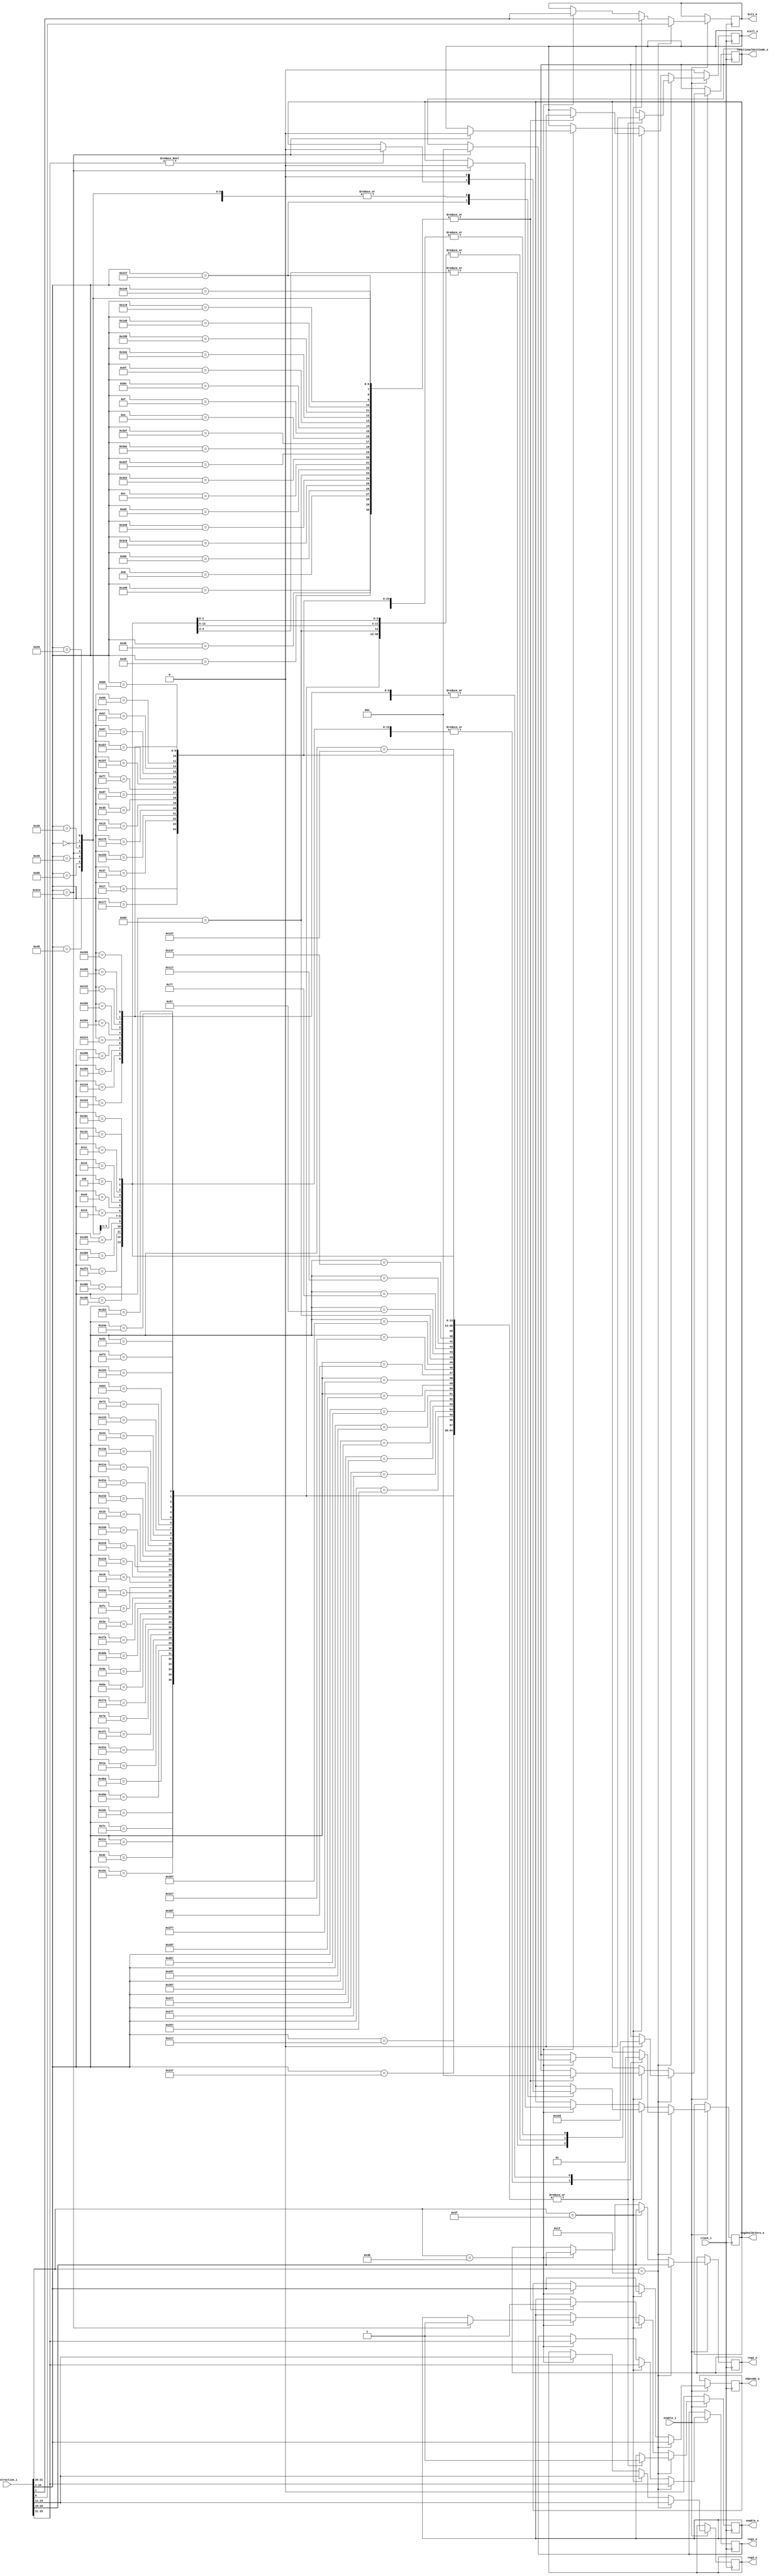
`timescale 1ns / 1ps
//////////////////////////////////////////////////////////////////////////////////
//NOTE: There may be an error in the ISA where there are two instructions both with opcodes 63 and Xopcodes of 846
//These instructions are: Floating Convert with round Signed Doubleword to Double-Precision format and Floating Convert with round Signed Doubleword to Single-Precision format
//////////////////////////////////////////////////////////////////////////////////
module XFormatDecoder#( parameter opcodeWidth = 6, parameter xOpCodeWidth = 10, parameter regWidth = 5, parameter instructionWidth = 32,
parameter FXUnitCode = 0, parameter FPUnitCode = 1, parameter LdStUnitCode = 2, parameter BranchUnitCode = 3, parameter TrapUnitCode = 4//functional unit code/ID used for dispatch
)(
	//command in
	input wire clock_i,
	input wire enable_i,
	//data in
	input wire [0:instructionWidth-1] instruction_i,
	//command out
	output reg stall_o,
	//data out
	output reg [0:xOpCodeWidth-1] xOpcode_o,
	output reg [0:regWidth-1] reg1_o, reg2_o, reg3_o,
	output reg reg2ValOrZero_o,//indicates that if the register addr is zero, a zero litteral is to be used not reg zero
	output reg bit1_o,
	output reg [0:2] functionalUnitCode_o,
	output reg enable_o
	);
	
always @(posedge clock_i)
begin
	if(enable_i == 1)
	begin
		if(instruction_i[0:5] == 31)//check op opcode
		begin			
			xOpcode_o <= instruction_i[21:30];
			bit1_o <= instruction_i[31];
			reg1_o <= instruction_i[6:10]; reg2_o <= instruction_i[11:15]; reg3_o <= instruction_i[16:20]; 
			case(instruction_i[21:30])//check x opcode
				//FixedPoint instructions
				87: begin $display("Load Byte and Zero Indexed");
					reg2ValOrZero_o <= 1;
					enable_o <= 1; stall_o <= 0;
					functionalUnitCode_o <= LdStUnitCode;
				end
				119: begin $display("Load Byte and Zero with Update Indexed");
					reg2ValOrZero_o <= 0;
					enable_o <= 1; stall_o <= 0;
					functionalUnitCode_o <= LdStUnitCode;
				end
				279: begin $display("Load Halfword and Zero Indexed"); 
					reg2ValOrZero_o <= 1;
					enable_o <= 1; stall_o <= 0;
					functionalUnitCode_o <= LdStUnitCode;
				end
				311: begin $display("Load Halfword and Zero with Update Indexed");
					reg2ValOrZero_o <= 0;
					enable_o <= 1; stall_o <= 0;
					functionalUnitCode_o <= LdStUnitCode;
				end
				343: begin $display("Load Halfword Algebraic Indexed");
					reg2ValOrZero_o <= 1;			
					enable_o <= 1; stall_o <= 0;
				end
				375: begin $display("Load Halfword Algebraic with Update Indexed");
					reg2ValOrZero_o <= 0;		
					enable_o <= 1; stall_o <= 0;
					functionalUnitCode_o <= LdStUnitCode;
				end
				23: begin $display("Load Word and Zero Indexed");
					reg2ValOrZero_o <= 1; 				
					enable_o <= 1; stall_o <= 0;
					functionalUnitCode_o <= LdStUnitCode;
				end
				55: begin $display("Load Word and Zero with Update Indexed");
					reg2ValOrZero_o <= 0;			
					enable_o <= 1; stall_o <= 0;
					functionalUnitCode_o <= LdStUnitCode;
				end
				341: begin $display("Load Word Algebraic Indexed");
					reg2ValOrZero_o <= 1;			
					enable_o <= 1; stall_o <= 0;
					functionalUnitCode_o <= LdStUnitCode;
				end
				373: begin $display("Load Word Algebraic with Update Indexed");
					reg2ValOrZero_o <= 0;					
					enable_o <= 1; stall_o <= 0;
					functionalUnitCode_o <= LdStUnitCode;
				end
				21: begin $display("Load Doubleword Indexed");
					reg2ValOrZero_o <= 1;				
					enable_o <= 1; stall_o <= 0;
					functionalUnitCode_o <= LdStUnitCode;
				end
				53: begin $display("Load Doubleword with Update Indexed");
					reg2ValOrZero_o <= 0;		
					enable_o <= 1; stall_o <= 0;
					functionalUnitCode_o <= LdStUnitCode;
				end
				215: begin $display("Store Byte Indexed");
					reg2ValOrZero_o <= 1; 				
					enable_o <= 1; stall_o <= 0;
					functionalUnitCode_o <= LdStUnitCode;
				end
				247: begin $display("Store Byte with Update Indexed");
					reg2ValOrZero_o <= 0;			
					enable_o <= 1; stall_o <= 0;
					functionalUnitCode_o <= LdStUnitCode;
				end
				407: begin $display("Store Halfword Indexed");
					reg2ValOrZero_o <= 1;				
					enable_o <= 1; stall_o <= 0;
					functionalUnitCode_o <= LdStUnitCode;
				end
				439: begin $display("Store Halfword with Update Indexed");
					reg2ValOrZero_o <= 0;				
					enable_o <= 1; stall_o <= 0;
					functionalUnitCode_o <= LdStUnitCode;
				end
				151: begin $display("Store Word Indexed");
					reg2ValOrZero_o <= 1;				
					enable_o <= 1; stall_o <= 0;
					functionalUnitCode_o <= LdStUnitCode;
				end
				183: begin $display("Store Word with Update Indexed");
					reg2ValOrZero_o <= 0; 				
					enable_o <= 1; stall_o <= 0;
					functionalUnitCode_o <= LdStUnitCode;
				end
				149: begin $display("Store Doubleword Indexed");
					reg2ValOrZero_o <= 1;							
					enable_o <= 1; stall_o <= 0;
					functionalUnitCode_o <= LdStUnitCode;
				end
				181: begin $display("Store Doubleword with Update Indexed");
					reg2ValOrZero_o <= 0;			 				
					enable_o <= 1; stall_o <= 0;
					functionalUnitCode_o <= LdStUnitCode;
				end
				790: begin $display("Load Halfword Byte-Reverse Indexed");
					reg2ValOrZero_o <= 1;			
					enable_o <= 1; stall_o <= 0;
					functionalUnitCode_o <= LdStUnitCode;
				end
				534: begin $display("Load Word Byte-Reverse Indexed");
					reg2ValOrZero_o <= 1;				
					enable_o <= 1; stall_o <= 0;
					functionalUnitCode_o <= LdStUnitCode;
				end
				918: begin $display("Store Halfword Byte-Reverse Indexed");
					reg2ValOrZero_o <= 1;			
					enable_o <= 1; stall_o <= 0;
					functionalUnitCode_o <= LdStUnitCode;
				end
				662: begin $display("Store Word Byte-Reverse Indexed");
					reg2ValOrZero_o <= 1;			
					enable_o <= 1; stall_o <= 0;
					functionalUnitCode_o <= LdStUnitCode;
				end
				532: begin $display("Load Doubleword Byte-Reverse Indexed");
					reg2ValOrZero_o <= 1;		
					enable_o <= 1; stall_o <= 0;
					functionalUnitCode_o <= LdStUnitCode;
				end
				660: begin $display("Store Doubleword Byte-Reverse Indexed");
					reg2ValOrZero_o <= 1;			
					enable_o <= 1; stall_o <= 0;
					functionalUnitCode_o <= LdStUnitCode;
				end
				597: begin $display("Load String Word Immediate");
					reg2ValOrZero_o <= 1;	 				
					enable_o <= 1; stall_o <= 0;
					functionalUnitCode_o <= LdStUnitCode;
				end
				533: begin $display("Load String Word Indexed");
					reg2ValOrZero_o <= 1;				
					enable_o <= 1; stall_o <= 0;
					functionalUnitCode_o <= LdStUnitCode;
				end
				725: begin $display("Store String Word Immediate");
					reg2ValOrZero_o <= 1;	
					enable_o <= 1; stall_o <= 0;
					functionalUnitCode_o <= LdStUnitCode;
				end
				661: begin $display("Store String Word Indexed");
					reg2ValOrZero_o <= 1;			
					enable_o <= 1; stall_o <= 0;
					functionalUnitCode_o <= LdStUnitCode;
				end
				779: begin $display("Modulo Signed Word");
					reg2ValOrZero_o <= 0;			
					enable_o <= 1; stall_o <= 0;
					functionalUnitCode_o <= FXUnitCode;
				end
				267: begin $display("Modulo Unsigned Word");
					reg2ValOrZero_o <= 0; 				
					enable_o <= 1; stall_o <= 0;
					functionalUnitCode_o <= FXUnitCode;
				end
				755: begin $display("Deliver A Random Number");
					reg2ValOrZero_o <= 0;				
					enable_o <= 1; stall_o <= 0;
					functionalUnitCode_o <= FXUnitCode;
				end
				777: begin $display("Modulo Signed Doubleword");
					reg2ValOrZero_o <= 0;		
					enable_o <= 1; stall_o <= 0;
					functionalUnitCode_o <= FXUnitCode;
				end
				265: begin $display("Modulo Unsigned Doubleword");
					reg2ValOrZero_o <= 0;				
					enable_o <= 1; stall_o <= 0;
					functionalUnitCode_o <= FXUnitCode;
				end
				0: begin $display("Compare");
					reg2ValOrZero_o <= 0;				
					enable_o <= 1; stall_o <= 0;
					functionalUnitCode_o <= FXUnitCode;
				end
				32: begin $display("Compare Logical");
					reg2ValOrZero_o <= 0;					
					enable_o <= 1; stall_o <= 0;
					functionalUnitCode_o <= FXUnitCode;
				end
				192: begin $display("Compare Ranged Byte");
					reg2ValOrZero_o <= 0;					
					enable_o <= 1; stall_o <= 0;
					functionalUnitCode_o <= FXUnitCode;
				end
				224: begin $display("Compare Equal Byte");
					reg2ValOrZero_o <= 0; 					
					enable_o <= 1; stall_o <= 0;
					functionalUnitCode_o <= FXUnitCode;
				end
				4: begin $display("Trap Word");
					reg2ValOrZero_o <= 0; 				
					enable_o <= 1; stall_o <= 0;
					functionalUnitCode_o <= TrapUnitCode;
				end
				68: begin $display("Trap Doubleword");
					reg2ValOrZero_o <= 0; 					
					enable_o <= 1; stall_o <= 0;
					functionalUnitCode_o <= TrapUnitCode;
				end
				28: begin $display("AND");
					reg2ValOrZero_o <= 0;			
					enable_o <= 1; stall_o <= 0;
					functionalUnitCode_o <= FXUnitCode;
				end
				444: begin $display("OR");
					reg2ValOrZero_o <= 0;				
					enable_o <= 1; stall_o <= 0;
					functionalUnitCode_o <= FXUnitCode;
				end
				316: begin $display("XOR");
					reg2ValOrZero_o <= 0; 			 				
					enable_o <= 1; stall_o <= 0;
					functionalUnitCode_o <= FXUnitCode;
				end
				476: begin $display("NAND");
					reg2ValOrZero_o <= 0; 						
					enable_o <= 1; stall_o <= 0;
					functionalUnitCode_o <= FXUnitCode;
				end
				124: begin $display("NOR");
					reg2ValOrZero_o <= 0; 						
					enable_o <= 1; stall_o <= 0;
					functionalUnitCode_o <= FXUnitCode;
				end
				284: begin $display("Equivalent");
					reg2ValOrZero_o <= 0; 							
					enable_o <= 1; stall_o <= 0;
					functionalUnitCode_o <= FXUnitCode;
				end
				60: begin $display("AND with Complement");
					reg2ValOrZero_o <= 0; 			 				
					enable_o <= 1; stall_o <= 0;
					functionalUnitCode_o <= FXUnitCode;
				end
				412: begin $display("OR with Complement");
					reg2ValOrZero_o <= 0; 			 				
					enable_o <= 1; stall_o <= 0;
					functionalUnitCode_o <= FXUnitCode;
				end
				954: begin $display("Extend Sign Byte");
					reg2ValOrZero_o <= 0; 							
					enable_o <= 1; stall_o <= 0;
					functionalUnitCode_o <= FXUnitCode;
				end
				922: begin $display("Extend Sign Halfword");
					reg2ValOrZero_o <= 0; 							
					enable_o <= 1; stall_o <= 0;
					functionalUnitCode_o <= FXUnitCode;
				end
				26: begin $display("Count Leading Zeros Word");
					reg2ValOrZero_o <= 0; 			 				
					enable_o <= 1; stall_o <= 0;
					functionalUnitCode_o <= FXUnitCode;
				end
				538: begin $display("Count Trailing Zeros Word");
					reg2ValOrZero_o <= 0; 						
					enable_o <= 1; stall_o <= 0;
					functionalUnitCode_o <= FXUnitCode;
				end
				508: begin $display("Compare Bytes");
					reg2ValOrZero_o <= 0; 				
					enable_o <= 1; stall_o <= 0;
					functionalUnitCode_o <= FXUnitCode;
				end
				122: begin $display("Population Count Bytes");
					reg2ValOrZero_o <= 0; 							
					enable_o <= 1; stall_o <= 0;
					functionalUnitCode_o <= FXUnitCode;
				end
				378: begin $display("Population Count Words");
					reg2ValOrZero_o <= 0; 						
					enable_o <= 1; stall_o <= 0;
					functionalUnitCode_o <= FXUnitCode;
				end
				186: begin $display("Parity Doubleword");
					reg2ValOrZero_o <= 0; 					
					enable_o <= 1; stall_o <= 0;
					functionalUnitCode_o <= FXUnitCode;
				end
				154: begin $display("Parity Word");
					reg2ValOrZero_o <= 0; 			 				
					enable_o <= 1; stall_o <= 0;
					functionalUnitCode_o <= FXUnitCode;
				end
				986: begin $display("Extend Sign Word");
					reg2ValOrZero_o <= 0; 						
					enable_o <= 1; stall_o <= 0;
					functionalUnitCode_o <= FXUnitCode;
				end
				506: begin $display("Population Count Doubleword");
					reg2ValOrZero_o <= 0; 					
					enable_o <= 1; stall_o <= 0;
					functionalUnitCode_o <= FXUnitCode;
				end
				58: begin $display("Count Leading Zeros Doubleword");
					reg2ValOrZero_o <= 0; 			 				
					enable_o <= 1; stall_o <= 0;
					functionalUnitCode_o <= FXUnitCode;
				end
				570: begin $display("Count Trailing Zeros Doubleword");
					reg2ValOrZero_o <= 0; 							
					enable_o <= 1; stall_o <= 0;
					functionalUnitCode_o <= FXUnitCode;
				end
				252: begin $display("Bit Permute Doubleword");
					reg2ValOrZero_o <= 0; 					
					enable_o <= 1; stall_o <= 0;
					functionalUnitCode_o <= FXUnitCode;
				end
				24: begin $display("Shift Left Word");
					reg2ValOrZero_o <= 0; 						
					enable_o <= 1; stall_o <= 0;
					functionalUnitCode_o <= FXUnitCode;	
				end
				536: begin $display("Shift Right Word");
					reg2ValOrZero_o <= 0; 							
					enable_o <= 1; stall_o <= 0;
					functionalUnitCode_o <= FXUnitCode;
				end
				824: begin $display("Shift Right Algebraic Word Immediate");
					reg2ValOrZero_o <= 0; 			
					enable_o <= 1; stall_o <= 0;
					functionalUnitCode_o <= FXUnitCode;
				end
				792: begin $display("Shift Right Algebraic Word");
					reg2ValOrZero_o <= 0; 							
					enable_o <= 1; stall_o <= 0;
					functionalUnitCode_o <= FXUnitCode;
				end
				27: begin $display("Shift Left Doubleword");
					reg2ValOrZero_o <= 0; 						
					enable_o <= 1; stall_o <= 0;
					functionalUnitCode_o <= FXUnitCode;
				end
				539: begin $display("Shift Right Doubleword");
					reg2ValOrZero_o <= 0; 						
					enable_o <= 1; stall_o <= 0;
					functionalUnitCode_o <= FXUnitCode;
				end
				794: begin $display("Shift Right Algebraic Doubleword");
					reg2ValOrZero_o <= 0; 						
					enable_o <= 1; stall_o <= 0;
					functionalUnitCode_o <= FXUnitCode;
				end
				282: begin $display("Convert Declets To Binary Coded Decimal");
					reg2ValOrZero_o <= 0; 						
					enable_o <= 1; stall_o <= 0;
					functionalUnitCode_o <= FXUnitCode;
				end
				314: begin $display("Convert Binary Coded Decimal To Declets");
					reg2ValOrZero_o <= 0; 			
					enable_o <= 1; stall_o <= 0;
					functionalUnitCode_o <= FXUnitCode;
				end
				51: begin $display("Move From VSR Doubleword");
					reg2ValOrZero_o <= 0; 			
					enable_o <= 1; stall_o <= 0;
					functionalUnitCode_o <= FXUnitCode;
				end
				307: begin $display("Move From VSR Lower Doubleword");
					reg2ValOrZero_o <= 0; 			
					enable_o <= 1; stall_o <= 0;
					functionalUnitCode_o <= FXUnitCode;
				end
				115: begin $display("Move From VSR Lower Doubleword");
					reg2ValOrZero_o <= 0; 			
					enable_o <= 1; stall_o <= 0;
					functionalUnitCode_o <= FXUnitCode;
				end
				179: begin $display("Move To VSR Doubleword");
					reg2ValOrZero_o <= 0; 			
					enable_o <= 1; stall_o <= 0;
					functionalUnitCode_o <= FXUnitCode;
				end
				211: begin $display("Move To VSR Word Algebraic");
					reg2ValOrZero_o <= 0; 			
					enable_o <= 1; stall_o <= 0;
					functionalUnitCode_o <= FXUnitCode;
				end
				243: begin $display("Move To VSR Word and Zero");
					reg2ValOrZero_o <= 0; 				
					enable_o <= 1; stall_o <= 0;
					functionalUnitCode_o <= FXUnitCode;
				end
				435: begin $display("Move To VSR Double Doubleword");
					reg2ValOrZero_o <= 0; 				
					enable_o <= 1; stall_o <= 0;
					functionalUnitCode_o <= FXUnitCode;
				end
				403: begin $display("Move To VSR Word & Splat");
					reg2ValOrZero_o <= 0; 			
					enable_o <= 1; stall_o <= 0;
					functionalUnitCode_o <= FXUnitCode;
				end
				576: begin $display("Move to CR from XER Extended"); 
					reg2ValOrZero_o <= 0; 			
					enable_o <= 1; stall_o <= 0;
					functionalUnitCode_o <= FXUnitCode;
				end
				128: begin $display("Set Boolean");
					reg2ValOrZero_o <= 0; 			
					enable_o <= 1; stall_o <= 0;
					functionalUnitCode_o <= FXUnitCode;
				end
				//Floating point instructions. Begin with "Load Floating-Point Single Indexed"
				535: begin $display("Load Floating-Point Single Indexed");
					reg2ValOrZero_o <= 1; 			
					enable_o <= 1; stall_o <= 0;
					functionalUnitCode_o <= LdStUnitCode;
				end
				567: begin $display("Load Floating-Point Single with Update Indexed");
					reg2ValOrZero_o <= 0; 			
					enable_o <= 1; stall_o <= 0;
					functionalUnitCode_o <= LdStUnitCode;
				end	
				599: begin $display("Load Floating-Point Double Indexed");
					reg2ValOrZero_o <= 1; 			
					enable_o <= 1; stall_o <= 0;
					functionalUnitCode_o <= LdStUnitCode;
				end	
				631: begin $display("Load Floating-Point Double with Update Indexed");
					reg2ValOrZero_o <= 0; 			
					enable_o <= 1; stall_o <= 0;
					functionalUnitCode_o <= LdStUnitCode;
				end
				887: begin $display("Load Floating-Point as Integer Word and Zero Indexed");
					reg2ValOrZero_o <= 1; 			
					enable_o <= 1; stall_o <= 0;
					functionalUnitCode_o <= LdStUnitCode;
				end	
				855: begin $display("Load Floating-Point as Integer Word Algebraic Indexed");
					reg2ValOrZero_o <= 1; 			
					enable_o <= 1; stall_o <= 0;
					functionalUnitCode_o <= LdStUnitCode;
				end
				663: begin $display("Store Floating-Point Single Indexed");
					reg2ValOrZero_o <= 1; 			
					enable_o <= 1; stall_o <= 0;
					functionalUnitCode_o <= LdStUnitCode;
				end	
				695: begin $display("Store Floating-Point Single with Update Indexed");
					reg2ValOrZero_o <= 0; 			
					enable_o <= 1; stall_o <= 0;
					functionalUnitCode_o <= LdStUnitCode;
				end
				727: begin $display("Store Floating-Point Double Indexed");
					reg2ValOrZero_o <= 1; 			
					enable_o <= 1; stall_o <= 0;
					functionalUnitCode_o <= LdStUnitCode;
				end	
				759: begin $display("Store Floating-Point Double with Update Indexed");
					reg2ValOrZero_o <= 0; 			
					enable_o <= 1; stall_o <= 0;
					functionalUnitCode_o <= LdStUnitCode;
				end
				983: begin $display("Store Floating-Point as Integer Word Indexed");
					reg2ValOrZero_o <= 1; 			
					enable_o <= 1; stall_o <= 0;
					functionalUnitCode_o <= LdStUnitCode;
				end	
				791: begin $display("Load Floating-Point Double Pair Indexed");
					reg2ValOrZero_o <= 1; 			
					enable_o <= 1; stall_o <= 0;
					functionalUnitCode_o <= LdStUnitCode;
				end
				919: begin $display("Store Floating-Point Double Pair Indexed");
					reg2ValOrZero_o <= 1; 			
					enable_o <= 1; stall_o <= 0;
					functionalUnitCode_o <= LdStUnitCode;
				end
			endcase
		end
		else if(instruction_i[0:5] == 63)
		begin
			xOpcode_o <= instruction_i[21:30];
			bit1_o <= instruction_i[30];
			reg1_o <= instruction_i[6:10]; reg2_o <= instruction_i[11:15]; reg3_o <= instruction_i[16:20]; 
			case(instruction_i[21:30])//check the Xopcode
				72: begin $display("Floating Move Register");
					reg2ValOrZero_o <= 0; 			
					enable_o <= 1; stall_o <= 0;
					functionalUnitCode_o <= FPUnitCode;
				end
				40: begin $display("Floating Negate");
					reg2ValOrZero_o <= 0; 			
					enable_o <= 1; stall_o <= 0;
					functionalUnitCode_o <= FPUnitCode;
				end
				264: begin $display("Floating Absolute Value");
					reg2ValOrZero_o <= 0; 			
					enable_o <= 1; stall_o <= 0;
					functionalUnitCode_o <= FPUnitCode;
				end
				8: begin $display("Floating Copy Sign");
					reg2ValOrZero_o <= 0; 			
					enable_o <= 1; stall_o <= 0;
					functionalUnitCode_o <= FPUnitCode;
				end
				136: begin $display("Floating Negative Absolute Value");
					reg2ValOrZero_o <= 0; 			
					enable_o <= 1; stall_o <= 0;
					functionalUnitCode_o <= FPUnitCode;
				end
				966: begin $display("Floating Merge Even Word");
					reg2ValOrZero_o <= 0; 			
					enable_o <= 1; stall_o <= 0;
					functionalUnitCode_o <= FPUnitCode;
				end
				838: begin $display("Floating Merge Odd Word");
					reg2ValOrZero_o <= 0; 			
					enable_o <= 1; stall_o <= 0;
					functionalUnitCode_o <= FPUnitCode;
				end
				128: begin $display("Floating Test for software Divide");
					reg2ValOrZero_o <= 0; 			
					enable_o <= 1; stall_o <= 0;
					functionalUnitCode_o <= FPUnitCode;
				end
				160: begin $display("Floating Test for software Square Root");
					reg2ValOrZero_o <= 0; 			
					enable_o <= 1; stall_o <= 0;
					functionalUnitCode_o <= FPUnitCode;
				end
				12: begin $display("Floating Round to Single-Precision");
					reg2ValOrZero_o <= 0; 			
					enable_o <= 1; stall_o <= 0;
					functionalUnitCode_o <= FPUnitCode;
				end
				814: begin $display("Floating Convert with round Double-Precision To Signed Doubleword format");
					reg2ValOrZero_o <= 0; 			
					enable_o <= 1; stall_o <= 0;
					functionalUnitCode_o <= FPUnitCode;
				end
				815: begin $display("Floating Convert with truncate Double-Precision To Signed Doubleword format");
					reg2ValOrZero_o <= 0; 			
					enable_o <= 1; stall_o <= 0;
					functionalUnitCode_o <= FPUnitCode;
				end
				942: begin $display("Floating Convert with round Double-Precision To Unsigned Doubleword format");
					reg2ValOrZero_o <= 0;	
					enable_o <= 1; stall_o <= 0;
					functionalUnitCode_o <= FPUnitCode;
				end
				943: begin $display("Floating Convert with truncate Double-Precision To Unsigned Doubleword format");
					reg2ValOrZero_o <= 0;	
					enable_o <= 1; stall_o <= 0;
					functionalUnitCode_o <= FPUnitCode;
				end
				14: begin $display("Floating Convert with round Double-Precision To Signed Word format");
					reg2ValOrZero_o <= 0;	
					enable_o <= 1; stall_o <= 0;
					functionalUnitCode_o <= FPUnitCode;
				end
				15: begin $display("Floating Convert with truncate Double-Precision To Signed Word fomat");
					reg2ValOrZero_o <= 0;	
					enable_o <= 1; stall_o <= 0;
					functionalUnitCode_o <= FPUnitCode;
				end
				142: begin $display("Floating Convert with round Double-Precision To Unsigned Word format");
					reg2ValOrZero_o <= 0;	
					enable_o <= 1; stall_o <= 0;
					functionalUnitCode_o <= FPUnitCode;
				end
				143: begin $display("Floating Convert with truncate Double-Precision To Unsigned Word format");
					reg2ValOrZero_o <= 0;	
					enable_o <= 1; stall_o <= 0;
					functionalUnitCode_o <= FPUnitCode;
				end
				846: begin $display("Floating Convert with round Signed Doubleword to Double-Precision format");//////ERROR IN ISA?
					reg2ValOrZero_o <= 0;	
					enable_o <= 1; stall_o <= 0;
					functionalUnitCode_o <= FPUnitCode;
				end
				974: begin $display("Floating Convert with round Unsigned Doubleword to Double-Precision format");
					reg2ValOrZero_o <= 0;	
					enable_o <= 1; stall_o <= 0;
					functionalUnitCode_o <= FPUnitCode;
				end
				846: begin $display("Floating Convert with round Signed Doubleword to Single-Precision format");//////ERROR IN ISA?
					reg2ValOrZero_o <= 0;	
					enable_o <= 1; stall_o <= 0;
					functionalUnitCode_o <= FPUnitCode;
				end
				392: begin $display("Floating Round to Integer Nearest");
					reg2ValOrZero_o <= 0;	
					enable_o <= 1; stall_o <= 0;
					functionalUnitCode_o <= FPUnitCode;
				end
				424: begin $display("Floating Round to Integer Toward Zero");
					reg2ValOrZero_o <= 0;	
					enable_o <= 1; stall_o <= 0;
					functionalUnitCode_o <= FPUnitCode;
				end
				456: begin $display("Floating Round to Integer Plus");
					reg2ValOrZero_o <= 0;	
					enable_o <= 1; stall_o <= 0;
					functionalUnitCode_o <= FPUnitCode;
				end
				488: begin $display("Floating Round to Integer Minus");
					reg2ValOrZero_o <= 0;	
					enable_o <= 1; stall_o <= 0;
					functionalUnitCode_o <= FPUnitCode;
				end
				0: begin $display("Floating Compare Unordered");
					reg2ValOrZero_o <= 0;	
					enable_o <= 1; stall_o <= 0;
					functionalUnitCode_o <= FPUnitCode;
				end
				32: begin $display("Floating Compare Ordered");
					reg2ValOrZero_o <= 0;	
					enable_o <= 1; stall_o <= 0;
					functionalUnitCode_o <= FPUnitCode;
				end
				///////Move From FPSCR [& Clear Enables | Lightweight | Control [& Set (DRN|RN) [Immediate]]] - page 170
				583: begin $display("Floating Compare Ordered");
					if(instruction_i[6:10])
					reg2ValOrZero_o <= 0;	
					enable_o <= 1; stall_o <= 0;
					functionalUnitCode_o <= FPUnitCode;
				end
				64: begin $display("Move to Condition Register from FPSCR");
					reg2ValOrZero_o <= 0;	
					enable_o <= 1; stall_o <= 0;
					functionalUnitCode_o <= FPUnitCode;
				end
				134: begin $display("Move to Condition Register from FPSCR");
					reg2ValOrZero_o <= 0;	
					enable_o <= 1; stall_o <= 0;
					functionalUnitCode_o <= FPUnitCode;
				end
				70: begin $display("Move To FPSCR Bit 0");
					reg2ValOrZero_o <= 0;	
					enable_o <= 1; stall_o <= 0;
					functionalUnitCode_o <= FPUnitCode;
				end
				38: begin $display("Move To FPSCR Bit 1");
					reg2ValOrZero_o <= 0;	
					enable_o <= 1; stall_o <= 0;
					functionalUnitCode_o <= FPUnitCode;
				end
				//Decimal floating point
			endcase
		end
		else if(instruction_i[0:5] == 59)
		begin
			xOpcode_o <= instruction_i[21:30];
			bit1_o <= instruction_i[30];
			reg1_o <= instruction_i[6:10]; reg2_o <= instruction_i[11:15]; reg3_o <= instruction_i[16:20]; 
			case(instruction_i[21:30])//check the Xopcode
				974: begin $display("Floating Convert with round Unsigned Doubleword to Single-Precision format");
					reg2ValOrZero_o <= 0;	
					enable_o <= 1;
					stall_o <= 0;
					functionalUnitCode_o <= FPUnitCode;
				end
			endcase
		end
	end
	else
	begin
		enable_o <= 0;
		stall_o <= 0;
	end
end
endmodule